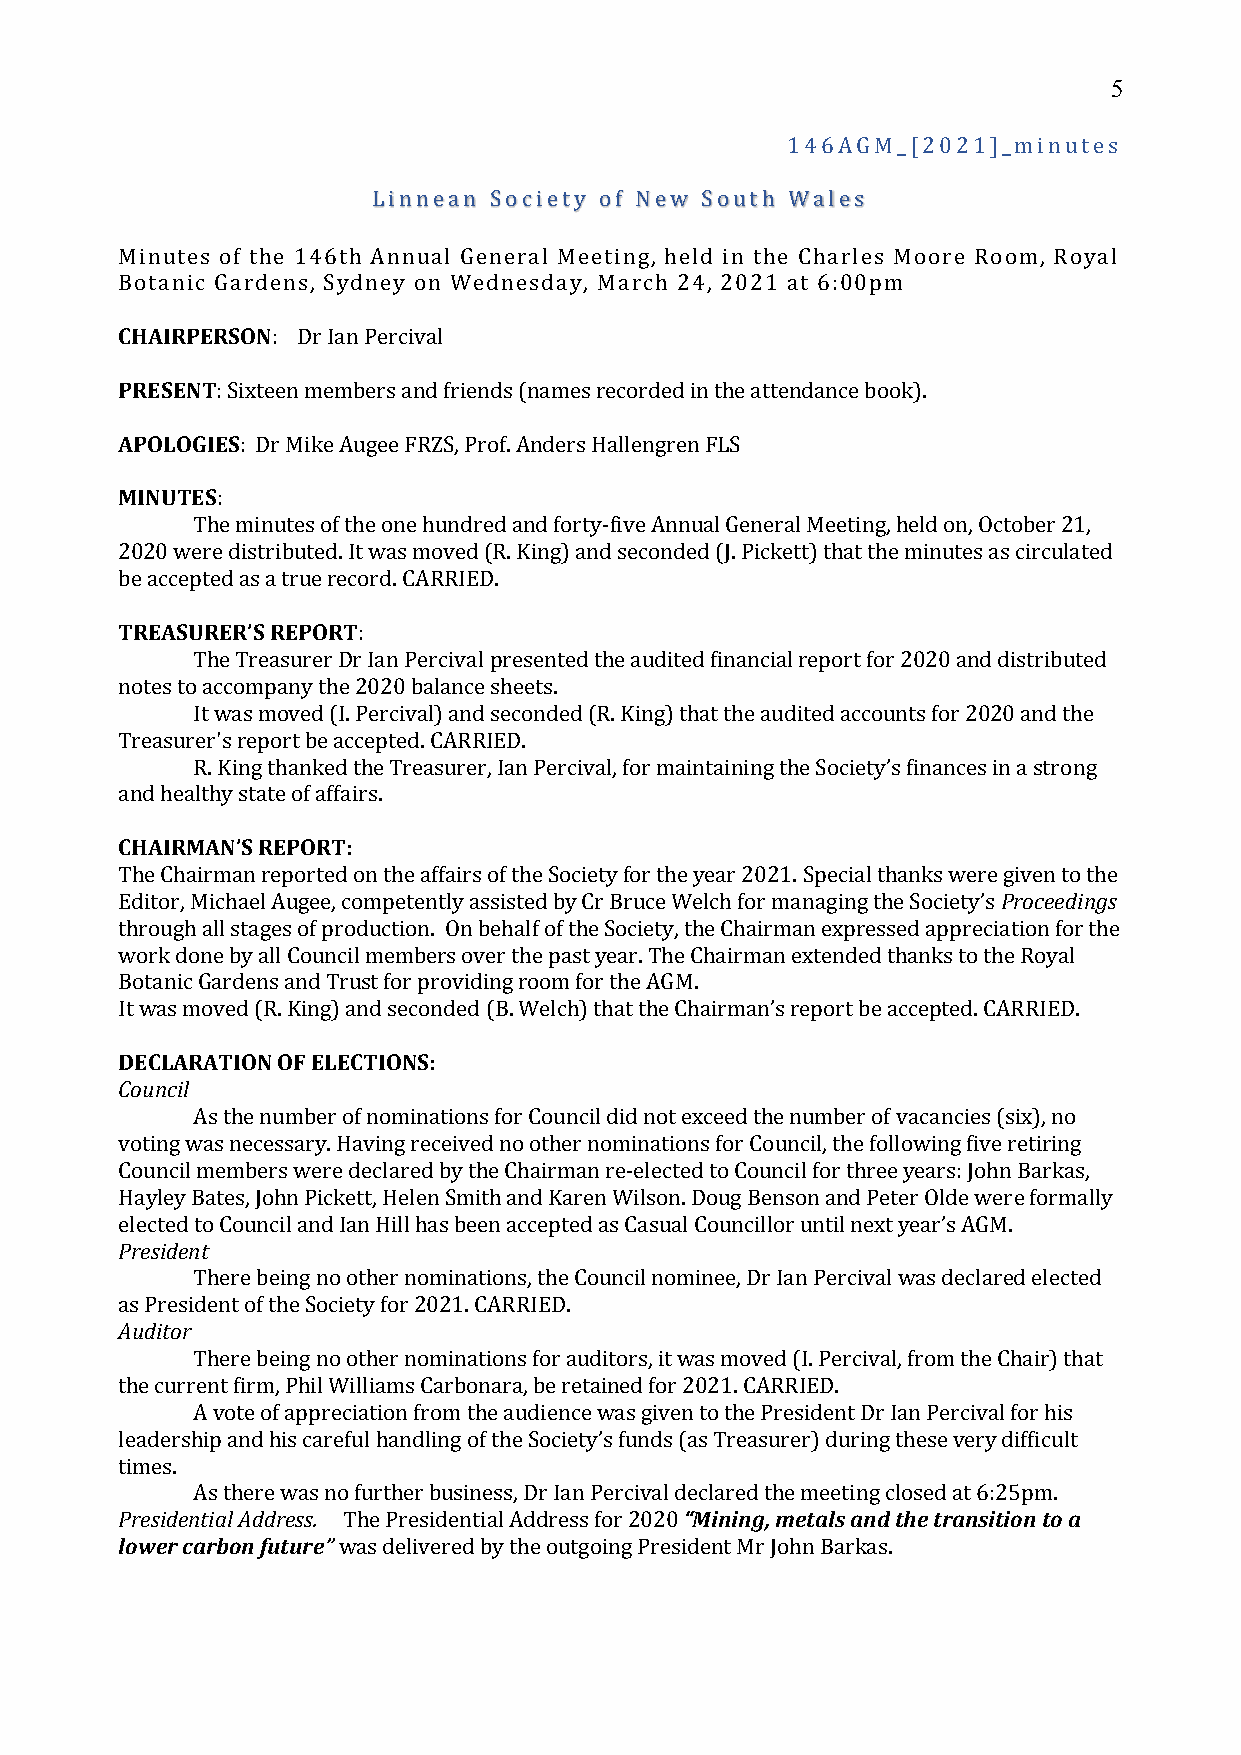
5
 146AGM_[2021]_minutes
 Linnean Society of New South Wales
 Minutes of the 146th Annual General Meeting, held in the Charles Moore Room, Royal
 Botanic Gardens, Sydney on Wednesday, March 24, 2021 at 6:00pm
 CHAIRPERSON: Dr Ian Percival
 PRESENT: Sixteen members and friends (names recorded in the attendance book).
 APOLOGIES: Dr Mike Augee FRZS, Prof. Anders Hallengren FLS
 MINUTES:
 The minutes of the one hundred and forty-five Annual General Meeting, held on, October 21,
 2020 were distributed. It was moved (R. King) and seconded (J. Pickett) that the minutes as circulated
 be accepted as a true record. CARRIED.
 TREASURER’S REPORT:
 The Treasurer Dr Ian Percival presented the audited financial report for 2020 and distributed
 notes to accompany the 2020 balance sheets.
 It was moved (I. Percival) and seconded (R. King) that the audited accounts for 2020 and the
 Treasurer's report be accepted. CARRIED.
 R. King thanked the Treasurer, Ian Percival, for maintaining the Society’s finances in a strong
 and healthy state of affairs.
 CHAIRMAN’S REPORT:
 The Chairman reported on the affairs of the Society for the year 2021. Special thanks were given to the
 Editor, Michael Augee, competently assisted by Cr Bruce Welch for managing the Society’s Proceedings
 through all stages of production. On behalf of the Society, the Chairman expressed appreciation for the
 work done by all Council members over the past year. The Chairman extended thanks to the Royal
 Botanic Gardens and Trust for providing room for the AGM.
 It was moved (R. King) and seconded (B. Welch) that the Chairman’s report be accepted. CARRIED.
 DECLARATION OF ELECTIONS:
 Council
 As the number of nominations for Council did not exceed the number of vacancies (six), no
 voting was necessary. Having received no other nominations for Council, the following five retiring
 Council members were declared by the Chairman re-elected to Council for three years: John Barkas,
 Hayley Bates, John Pickett, Helen Smith and Karen Wilson. Doug Benson and Peter Olde were formally
 elected to Council and Ian Hill has been accepted as Casual Councillor until next year’s AGM.
 President
 There being no other nominations, the Council nominee, Dr Ian Percival was declared elected
 as President of the Society for 2021. CARRIED.
 Auditor
 There being no other nominations for auditors, it was moved (I. Percival, from the Chair) that
 the current firm, Phil Williams Carbonara, be retained for 2021. CARRIED.
 A vote of appreciation from the audience was given to the President Dr Ian Percival for his
 leadership and his careful handling of the Society’s funds (as Treasurer) during these very difficult
 times.
 As there was no further business, Dr Ian Percival declared the meeting closed at 6:25pm.
 Presidential Address. The Presidential Address for 2020 “Mining, metals and the transition to a
 lower carbon future” was delivered by the outgoing President Mr John Barkas.